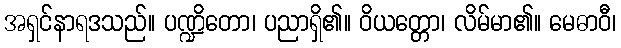
အရှင်နာရဒသည်။ ပဏ္ဍိတော၊ ပညာရှိ၏။ ဝိယတ္တော၊ လိမ်မာ၏။ မေဓာဝီ၊